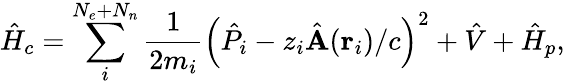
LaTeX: \hat{H}_{c}=\sum_{i}^{N_{e}+N_{n}}\frac{1}{2m_{i}}\left(\hat{P}_{i}-z_{i}\hat{\mathbf{A}}(\mathbf{r}_{i})/c\right)^{2}+\hat{V}+\hat{H}_{p},